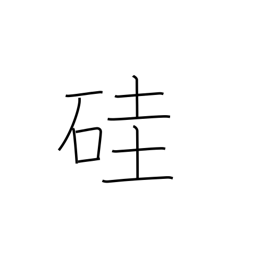
Meaning: silicon